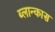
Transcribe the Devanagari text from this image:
ब्लान्कास